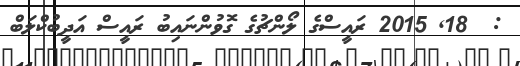
:  18